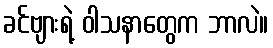
ခင်ဗျားရဲ့ ဝါသနာတွေက ဘာလဲ။